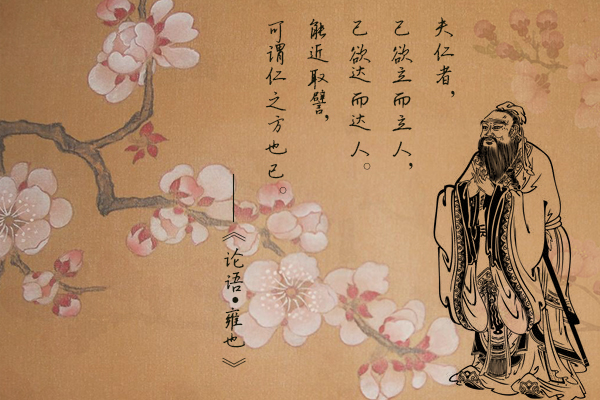
诚者，非自成己而已也。所以成物也。成己仁也。成物知也。性之德也，合外内之道也。故时措之宜也。